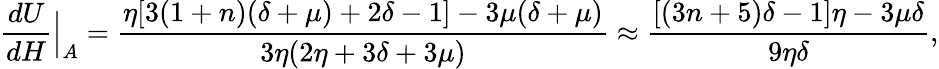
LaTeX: \frac{dU}{dH}\Big|_{A}=\frac{\eta[3(1+n)(\delta+\mu)+2\delta-1]-3\mu(\delta+\mu)}{3\eta(2\eta+3\delta+3\mu)}\approx\frac{[(3n+5)\delta-1]\eta-3\mu\delta}{9\eta\delta},